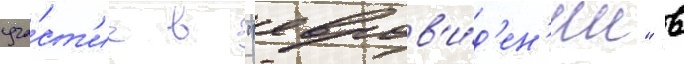
уча́ст'ие в "евров'и́д'ен'ии" в